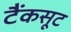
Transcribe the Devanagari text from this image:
टैंकसूट